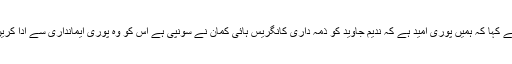
انھوں نے کہا کہ ہمیں پوری امید ہے کہ ندیم جاوید کو ذمہ داری کانگریس ہائی کمان نے سونپی ہے اس کو وہ پوری ایمانداری سے ادا کریں گے ۔